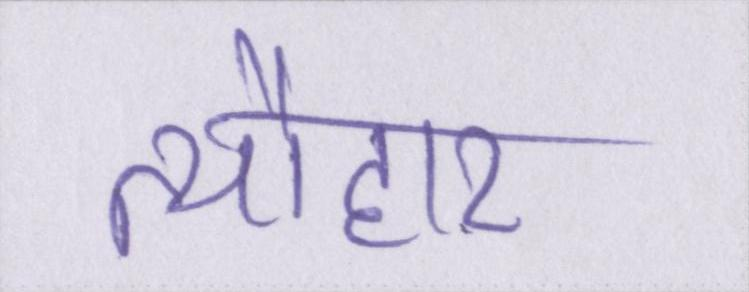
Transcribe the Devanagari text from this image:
त्यौहार